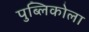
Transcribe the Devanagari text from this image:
पुब्लिकोला